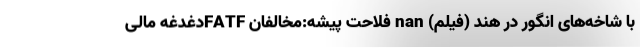
با شاخه‌های انگور در هند (فیلم) nan فلاحت پیشه:مخالفان FATFدغدغه مالی